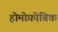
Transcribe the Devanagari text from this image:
होमोफ़ोबिक